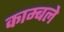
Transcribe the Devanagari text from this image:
काम्बले